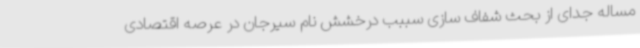
مساله جدای از بحث شفاف سازی سببب درخشش نام سیرجان در عرصه اقتصادی